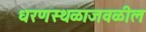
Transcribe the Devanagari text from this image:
धरणस्थळाजवळील